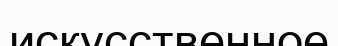
искусственное